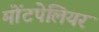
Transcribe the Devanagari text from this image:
मोंटपेलियर